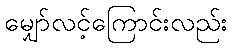
မျှော်လင့်ကြောင်းလည်း